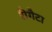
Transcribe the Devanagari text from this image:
रीगैटा